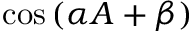
\cos \left( \alpha A + \beta \right)